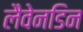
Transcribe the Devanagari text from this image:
लैवेनडिन